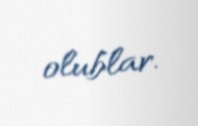
olublar.